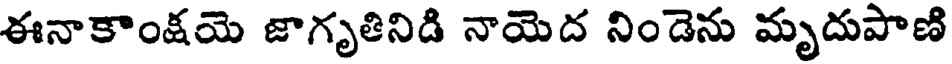
ఈనాకాంక్షయె జాగృతినిడి నాయెద నిండెను మృదుపాణి